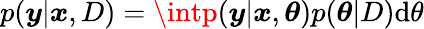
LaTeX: p(\boldsymbol{y}|\boldsymbol{x},D)=\intp(\boldsymbol{y}|\boldsymbol{x},\boldsymbol{\theta})p(\boldsymbol{\theta}|D)\mathrm{d}\theta